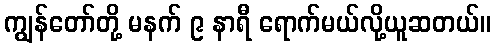
ကျွန်တော်တို့ မနက် ၉ နာရီ ရောက်မယ်လို့ယူဆတယ်။